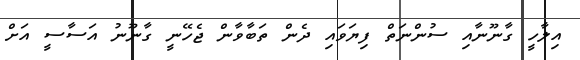
އިލާހީ ގާނޫނާއި ސުންނަތް ފިޔަވައި ދެން ތަބާވާން ޖެހޭނީ ގާނޫނު އަސާސީ އަށް